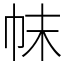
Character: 帓